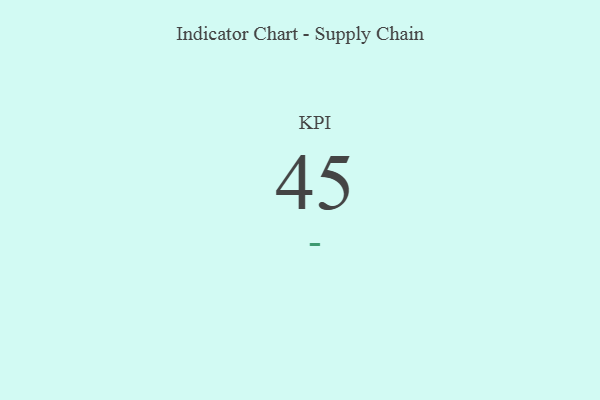
{"axis": {"x": "KPI", "y": "Value"}, "legend": [""], "data": [{"x": "KPI", "y": 45, "type": ""}]}